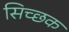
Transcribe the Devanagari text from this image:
सिच्‍छक